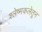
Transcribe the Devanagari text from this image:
श्लेष्मकलेतून